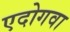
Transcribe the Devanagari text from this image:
एदोगवा